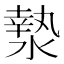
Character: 漐